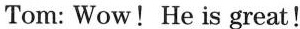
Tom: Wow! He is great!